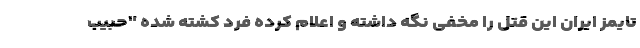
تایمز ایران این قتل را مخفی نگه داشته و اعلام کرده فرد کشته شده "حبیب